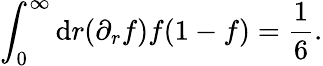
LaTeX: \int_{0}^{\infty}\mathrm{d}r(\partial_{r}f)f(1-f)=\frac{{1}}{{6}}.